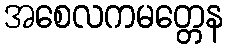
အစေလကမတ္တေန